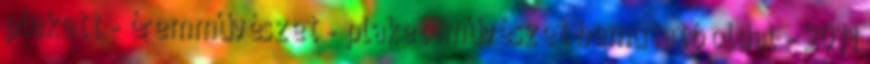
plakett - éremművészet - plakettművészet bemutató oldal - 2011